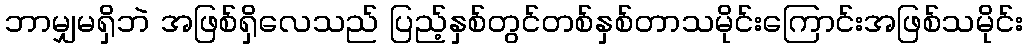
ဘာမျှမရှိဘဲ အဖြစ်ရှိလေသည် ပြည့်နှစ်တွင်တစ်နှစ်တာသမိုင်းကြောင်းအဖြစ်သမိုင်း